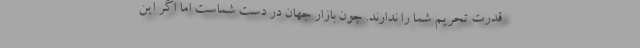
قدرت تحریم شما را ندارند. چون بازار جهان در دست شماست اما اگر این